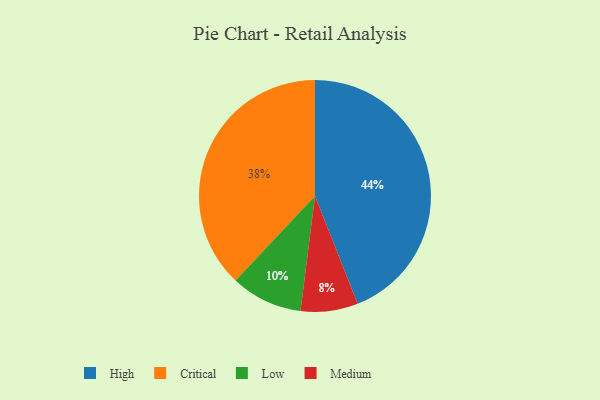
{"axis": {"x": "Category", "y": "Percentage"}, "legend": ["Critical", "High", "Low", "Medium"], "data": [{"x": "Medium", "y": 8, "type": "Medium"}, {"x": "High", "y": 44, "type": "High"}, {"x": "Low", "y": 10, "type": "Low"}, {"x": "Critical", "y": 38, "type": "Critical"}]}